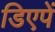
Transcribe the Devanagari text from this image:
डिएपें